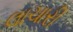
લાચારી